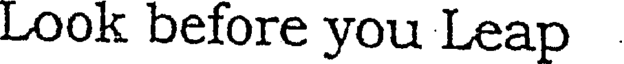
Look before you Leap